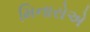
મિનારોએ